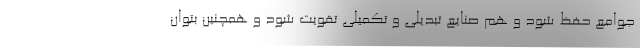
جوامع حفظ شود و هم صنایع تبدیلی و تکمیلی تقویت شود و همچنین بتوان